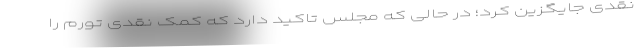
نقدی جایگزین کرد؛ در حالی که مجلس تاکید دارد که کمک نقدی تورم را